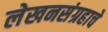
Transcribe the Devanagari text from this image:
लेखनसंग्रहाचे